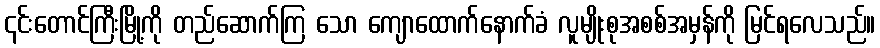
၎င်းတောင်ကြီးမြို့ကို တည်ဆောက်ကြ သော ကျောထောက်နောက်ခံ လူမျိုးစုအစစ်အမှန်ကို မြင်ရလေသည်။